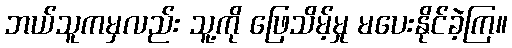
ဘယ်သူကမှလည်း သူ့ကို ဖြေသိမ့်မှု မပေးနိုင်ခဲ့ကြ။